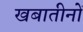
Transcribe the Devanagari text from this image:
खबातीनों